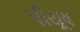
પીયૂષ